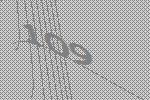
109